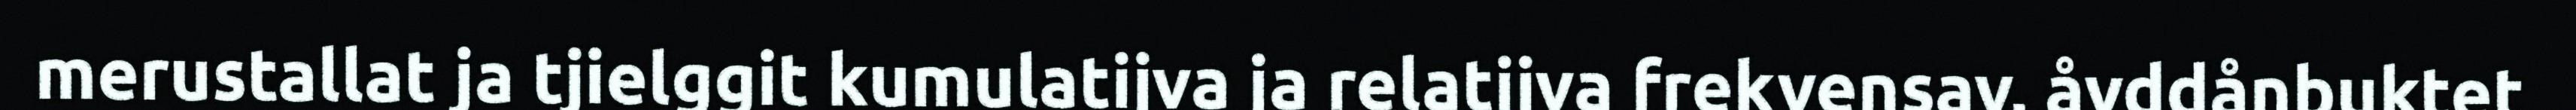
merustallat ja tjielggit kumulatijva ja relatijva frekvensav, åvddånbuktet